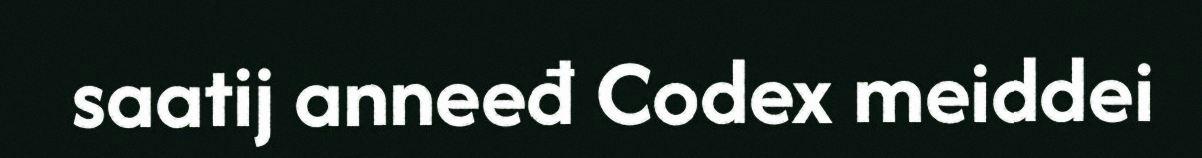
saatij anneeđ Codex meiddei